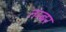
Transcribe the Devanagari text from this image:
तम्बर